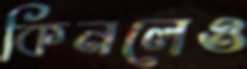
কিনলেও